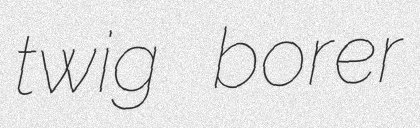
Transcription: twig borer